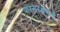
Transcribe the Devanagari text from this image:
परिसरक्षेत्रांचे